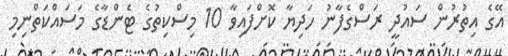
އޭގެ އިތުރުން ސައުދީ ރަސްގެފާނު ހަދިޔާ ކޮށްފައިވާ 10 މިސްކިތުގެ ޓެންޑާގެ މަސައްކަތްނިމި